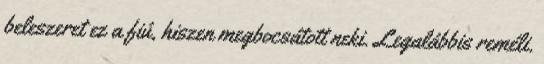
beleszeret ez a fiú, hiszen megbocsátott neki. Legalábbis reméli.